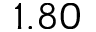
1 . 8 0